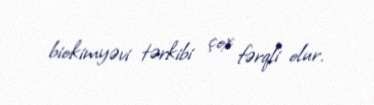
biokimyəvi tərkibi çox fərqli olur.